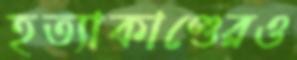
হত্যাকাণ্ডেরও